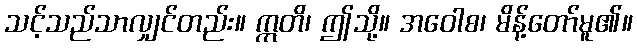
သင့်သည်သာလျှင်တည်း။ ဣတိ၊ ဤသို့။ အဝေါစ၊ မိန့်တော်မူ၏။